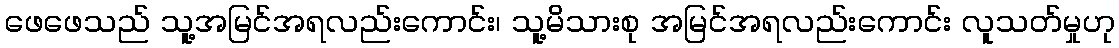
ဖေဖေသည် သူ့အမြင်အရလည်းကောင်း၊ သူ့မိသားစု အမြင်အရလည်းကောင်း လူသတ်မှုဟု